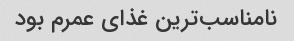
نامناسب‌ترین غذای عمرم بود